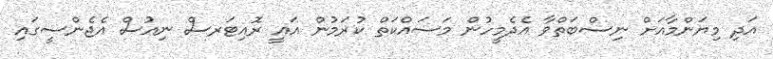
އަދި މިޔަންމާއަށް ނިސްބަތްވާ އެދެމީހުން މަސައްކަތް ކުރަމުން އައީ ރޮއިޓަރސް ނިއުސް އެޖެންސީގައި